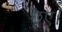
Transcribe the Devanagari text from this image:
छूए।